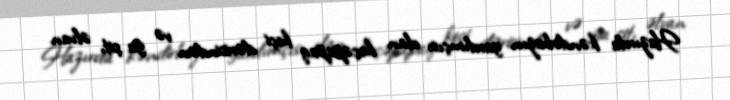
Hazırda kəndirbazın yardımçısı olan keçəpapaq keçi dərisindən və ya şit, əlvan